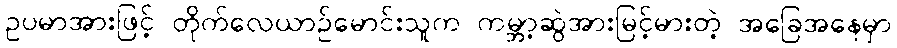
ဥပမာအားဖြင့် တိုက်လေယာဉ်မောင်းသူက ကမ္ဘာ့ဆွဲအားမြင့်မားတဲ့ အခြေအနေမှာ